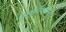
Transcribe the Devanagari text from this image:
मंखलिगोसाल